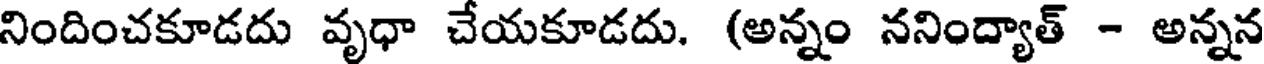
నిందించకూడదు వృధా చేయకూడదు. (అన్నం ననింద్యాత్ - అన్నన